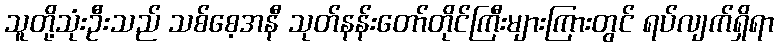
သူတို့သုံးဦးသည် သစ်စေ့အနီ သုတ်နန်းတော်တိုင်ကြီးများကြားတွင် ရပ်လျက်ရှိရာ